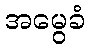
အမွေခံ